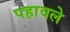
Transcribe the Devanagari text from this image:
पहावले